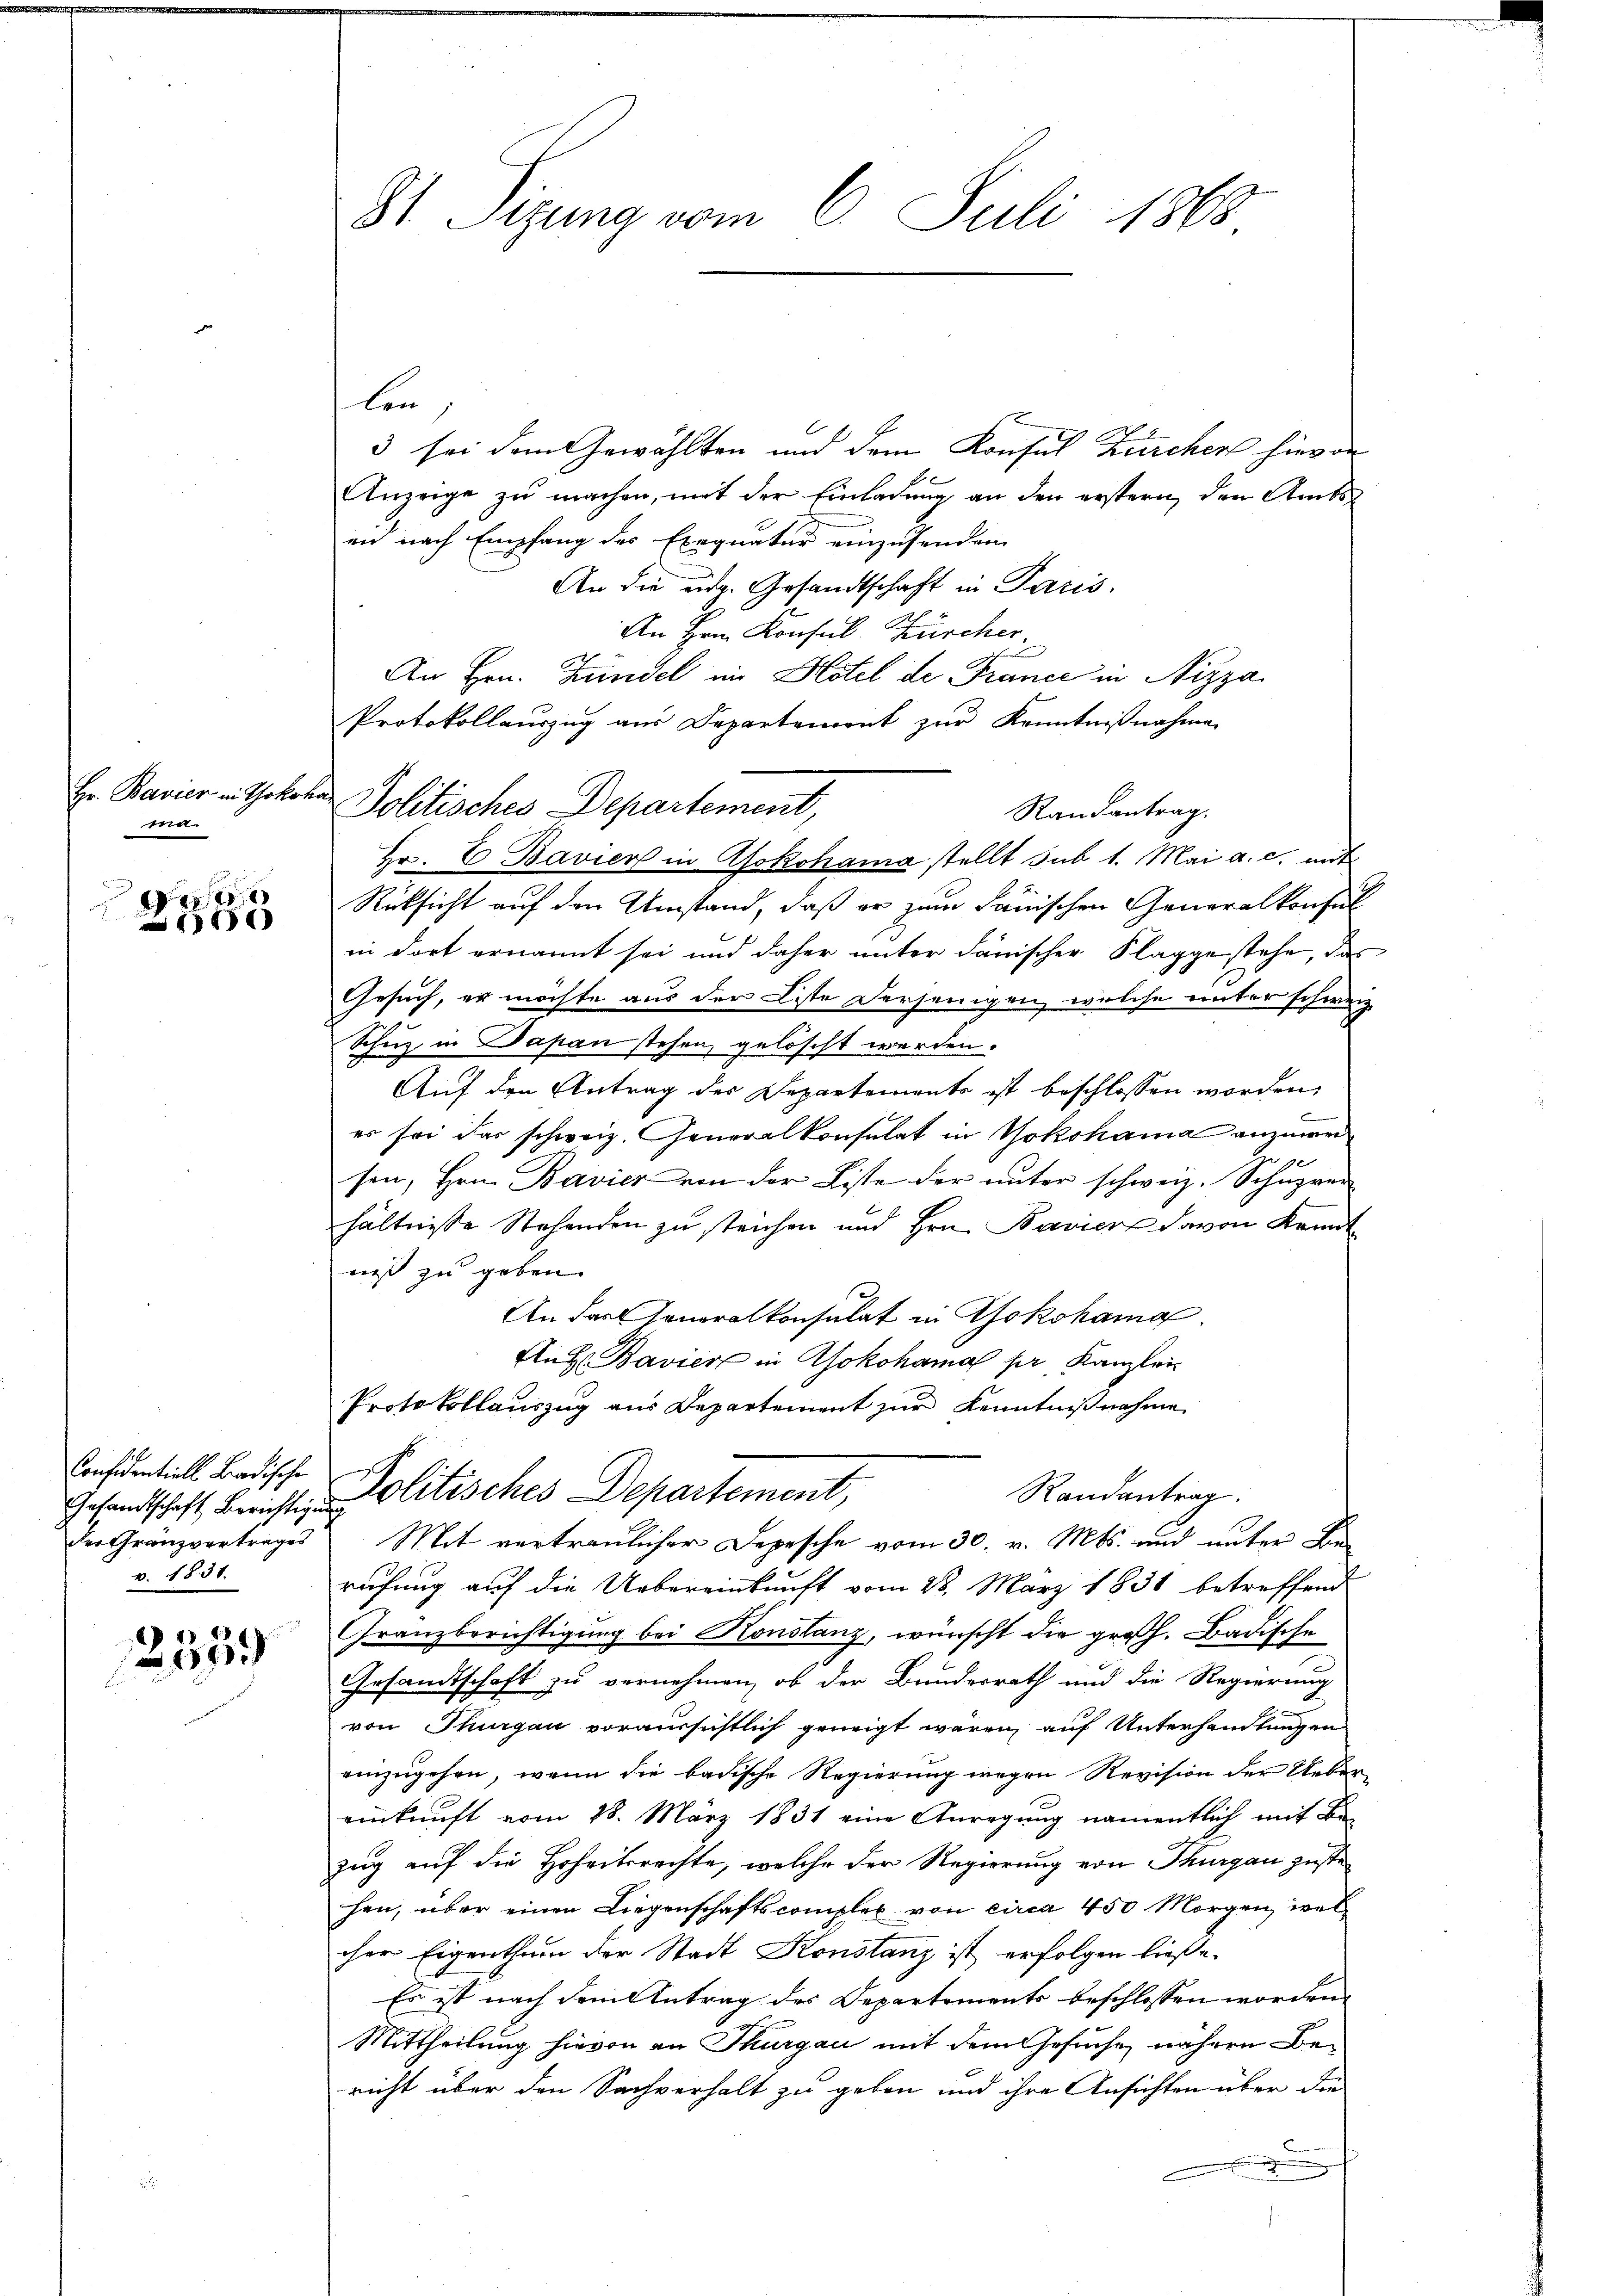
Hr. Bavier in Yokoha
ma

dieser
180

Gesandtschaft Berichtigung
v. 1831.

67

St Sizung vom 6. Juli 1868

len
3 sei dem Gewählten und dem Konsul Zürchen hievon
Anzeige zu machen, mit der Einladung an den erstern, den Amtseid nach Empfang des Exequatur einzusenden
An die eidg. Gesandtschaft in Paris,
An Hrn. Konsul Zürcher.
An Hrn. Kündel im Hotel de France in Nizza
Protokollauszug aus Departement zur Kenntnißnahmen
Randantrag.
Hr. E. Bavier in Aokohama stellt sub 1. Mai a. c. mit
Rüksicht auf den Umstand, daß er zum Janischen Generalkonful
in dort ernannt sei und daher unter danischer Klagge stehe, das
Gesuch, er möchte aus der Liste derjenigen, welche unter schweiz
Schuz in Daran stehen, gelöscht werden.
Auf den Antrag der Departements ist beschlossen worden,
es sei das schweiz. Generalkonsulat in Yokohama anzuweisen, Hrn. Bavier von der Liste der unter schweiz. Schuzver
hältnisse Stehenden zu steichen und Hrn. Bavier davon Kennt
na zu geben.
An das Generalkonsulat in Yokohama
An H. Bavier in Yokohama pr Kanzlei
Protokollauszug aus Departement zur Kenntnißnahme
Considentiell Badische Politisches Departement,
Randantrag
der Gränzvertrages Mit vertraulicher Depesche vom 30. v. Mts. und unter Berufung auf die Uebereinkunft vom 28. März 1831 betreffend
Granzberichtigung bei Konstanz, wünscht die großh. Badische
Gesandtschaft zu vernehmen, ob der Bundesrath und die Regierung
von Thurgau voraussichtlich geneigt wären, auf Unterhandlungen
einzugehen, wenn die badische Regierung wegen Revision der Uebereinkunft vom 28. März 1831 eine Anregung namentlich mit Be
zug auf die Hoheitsrechte, welche der Regierung von Thurgau zuste
hen, über einen Liegenschaftscomplex von circa 450 Morgen, wel
cher Eigenthum der Stadt Konstanz ist erfolgen ließe.
Es ist nach dem Antrag des Departements beschlossen worden.
Mittheilung hievon an Thurgau mit dem Gesuche nähern Bericht über den Sachverhalt zu geben und ihre Ansichten über die
.

Politisches Departement,